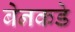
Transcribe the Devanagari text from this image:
बेनकडे